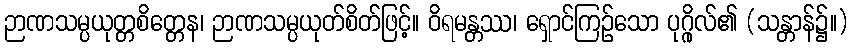
ဉာဏသမ္ပယုတ္တစိတ္တေန၊ ဉာဏသမ္ပယုတ်စိတ်ဖြင့်။ ဝိရမန္တဿ၊ ရှောင်ကြဉ်သော ပုဂ္ဂိုလ်၏ (သန္တာန်၌။)